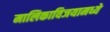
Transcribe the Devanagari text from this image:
मालिकाविजयामध्ये